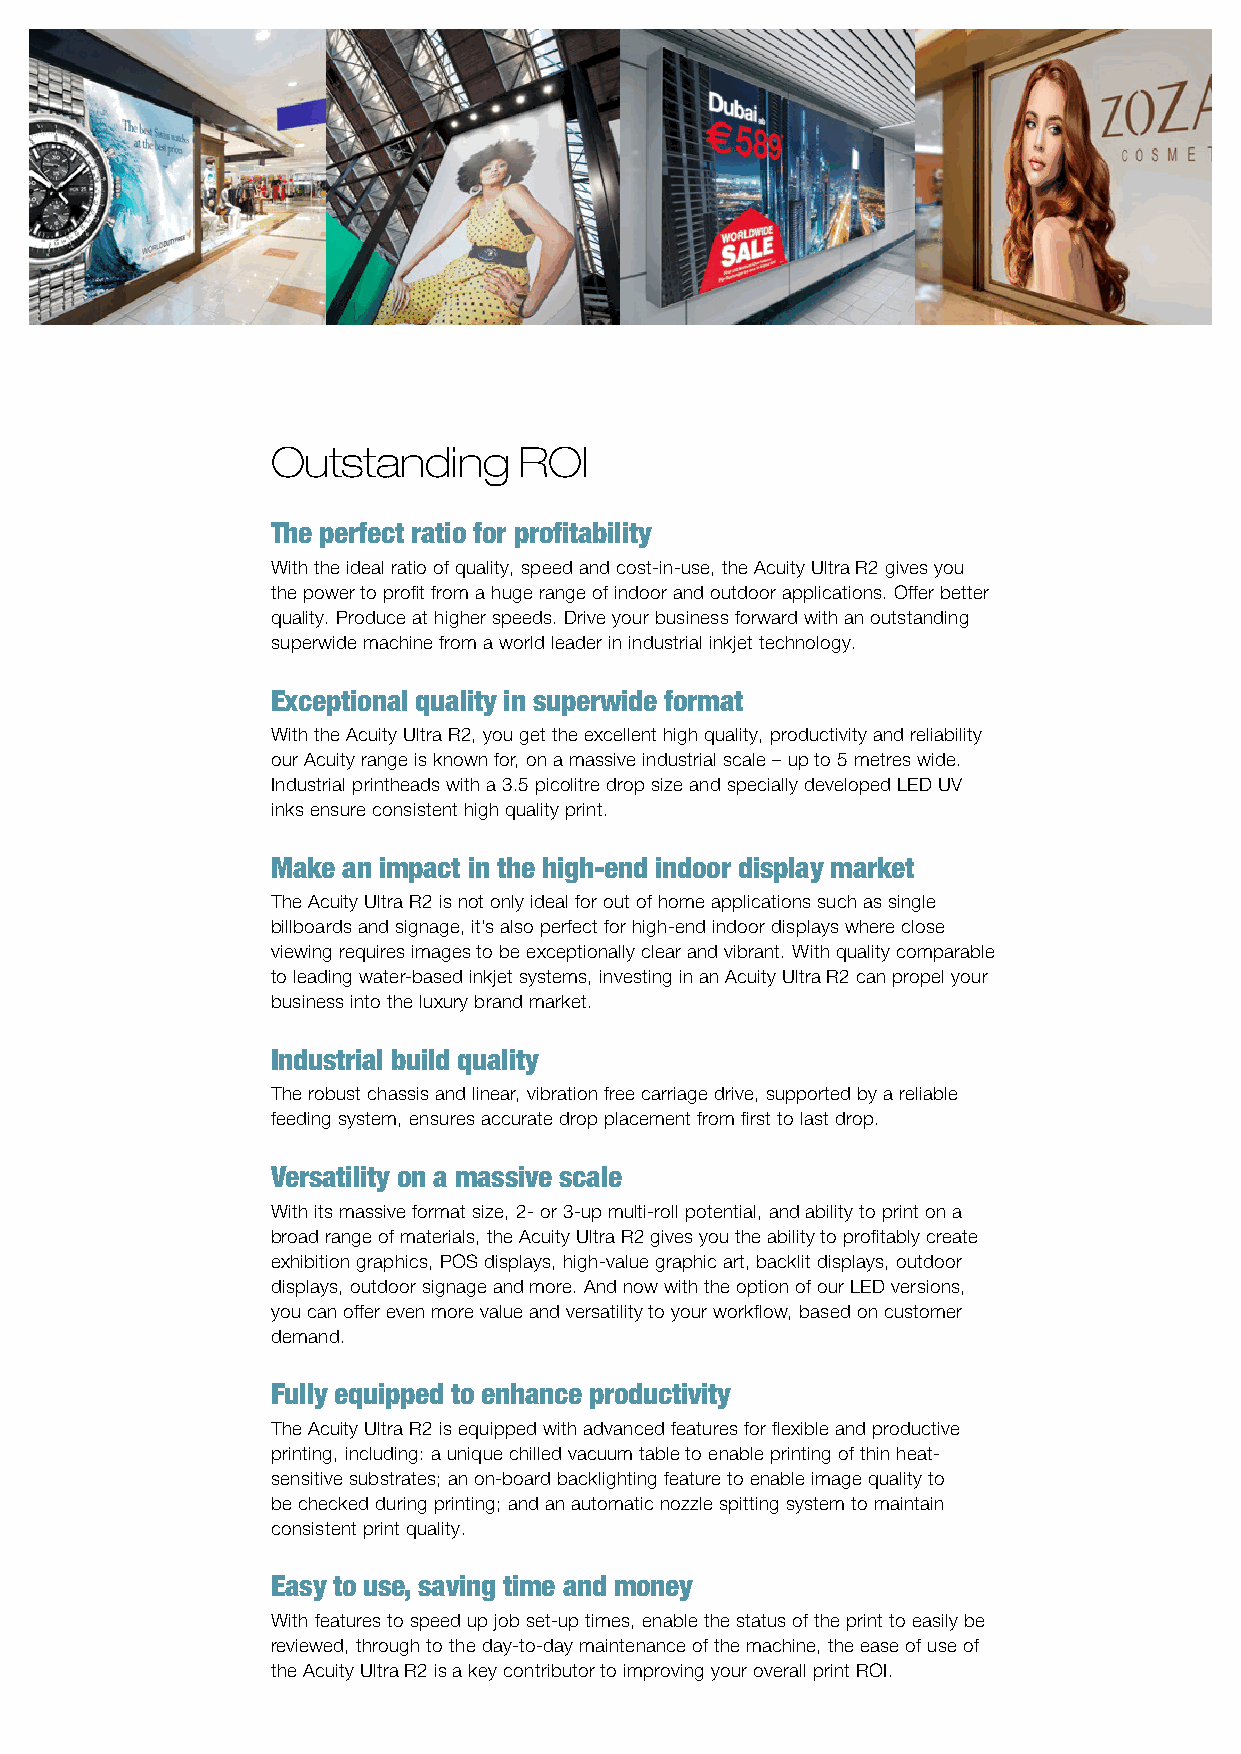
Outstanding     ROI
 The perfect ratio for profitability
 With the ideal ratio of quality, speed and cost-in-use, the Acuity Ultra R2 gives you
 the power to profit from a huge range of indoor and outdoor applications. Offer better
 quality. Produce at higher speeds. Drive your business forward with an outstanding
 superwide machine from a world leader in industrial inkjet technology.
 Exceptional quality in superwide format
 With the Acuity Ultra R2, you get the excellent high quality, productivity and reliability
 our Acuity range is known for, on a massive industrial scale – up to 5 metres wide.
 Industrial printheads with a 3.5 picolitre drop size and specially developed LED UV
 inks ensure consistent high quality print.
 Make an impact in the high-end indoor display market
 The Acuity Ultra R2 is not only ideal for out of home applications such as single
 billboards and signage, it’s also perfect for high-end indoor displays where close
 viewing requires images to be exceptionally clear and vibrant. With quality comparable
 to leading water-based inkjet systems, investing in an Acuity Ultra R2 can propel your
 business into the luxury brand market.
 Industrial build quality
 The robust chassis and linear, vibration free carriage drive, supported by a reliable
 feeding system, ensures accurate drop placement from first to last drop.
 Versatility on a massive scale
 With its massive format size, 2- or 3-up multi-roll potential, and ability to print on a
 broad range of materials, the Acuity Ultra R2 gives you the ability to profitably create
 exhibition graphics, POS displays, high-value graphic art, backlit displays, outdoor
 displays, outdoor signage and more. And now with the option of our LED versions,
 you can offer even more value and versatility to your workflow, based on customer
 demand.
 Fully equipped to enhance productivity
 The Acuity Ultra R2 is equipped with advanced features for flexible and productive
 printing, including: a unique chilled vacuum table to enable printing of thin heat-
 sensitive substrates; an on-board backlighting feature to enable image quality to
 be checked during printing; and an automatic nozzle spitting system to maintain
 consistent print quality.
 Easy to use, saving time and money
 With features to speed up job set-up times, enable the status of the print to easily be
 reviewed, through to the day-to-day maintenance of the machine, the ease of use of
 the Acuity Ultra R2 is a key contributor to improving your overall print ROI.